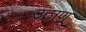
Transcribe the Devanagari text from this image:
उठाणू